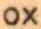
OX